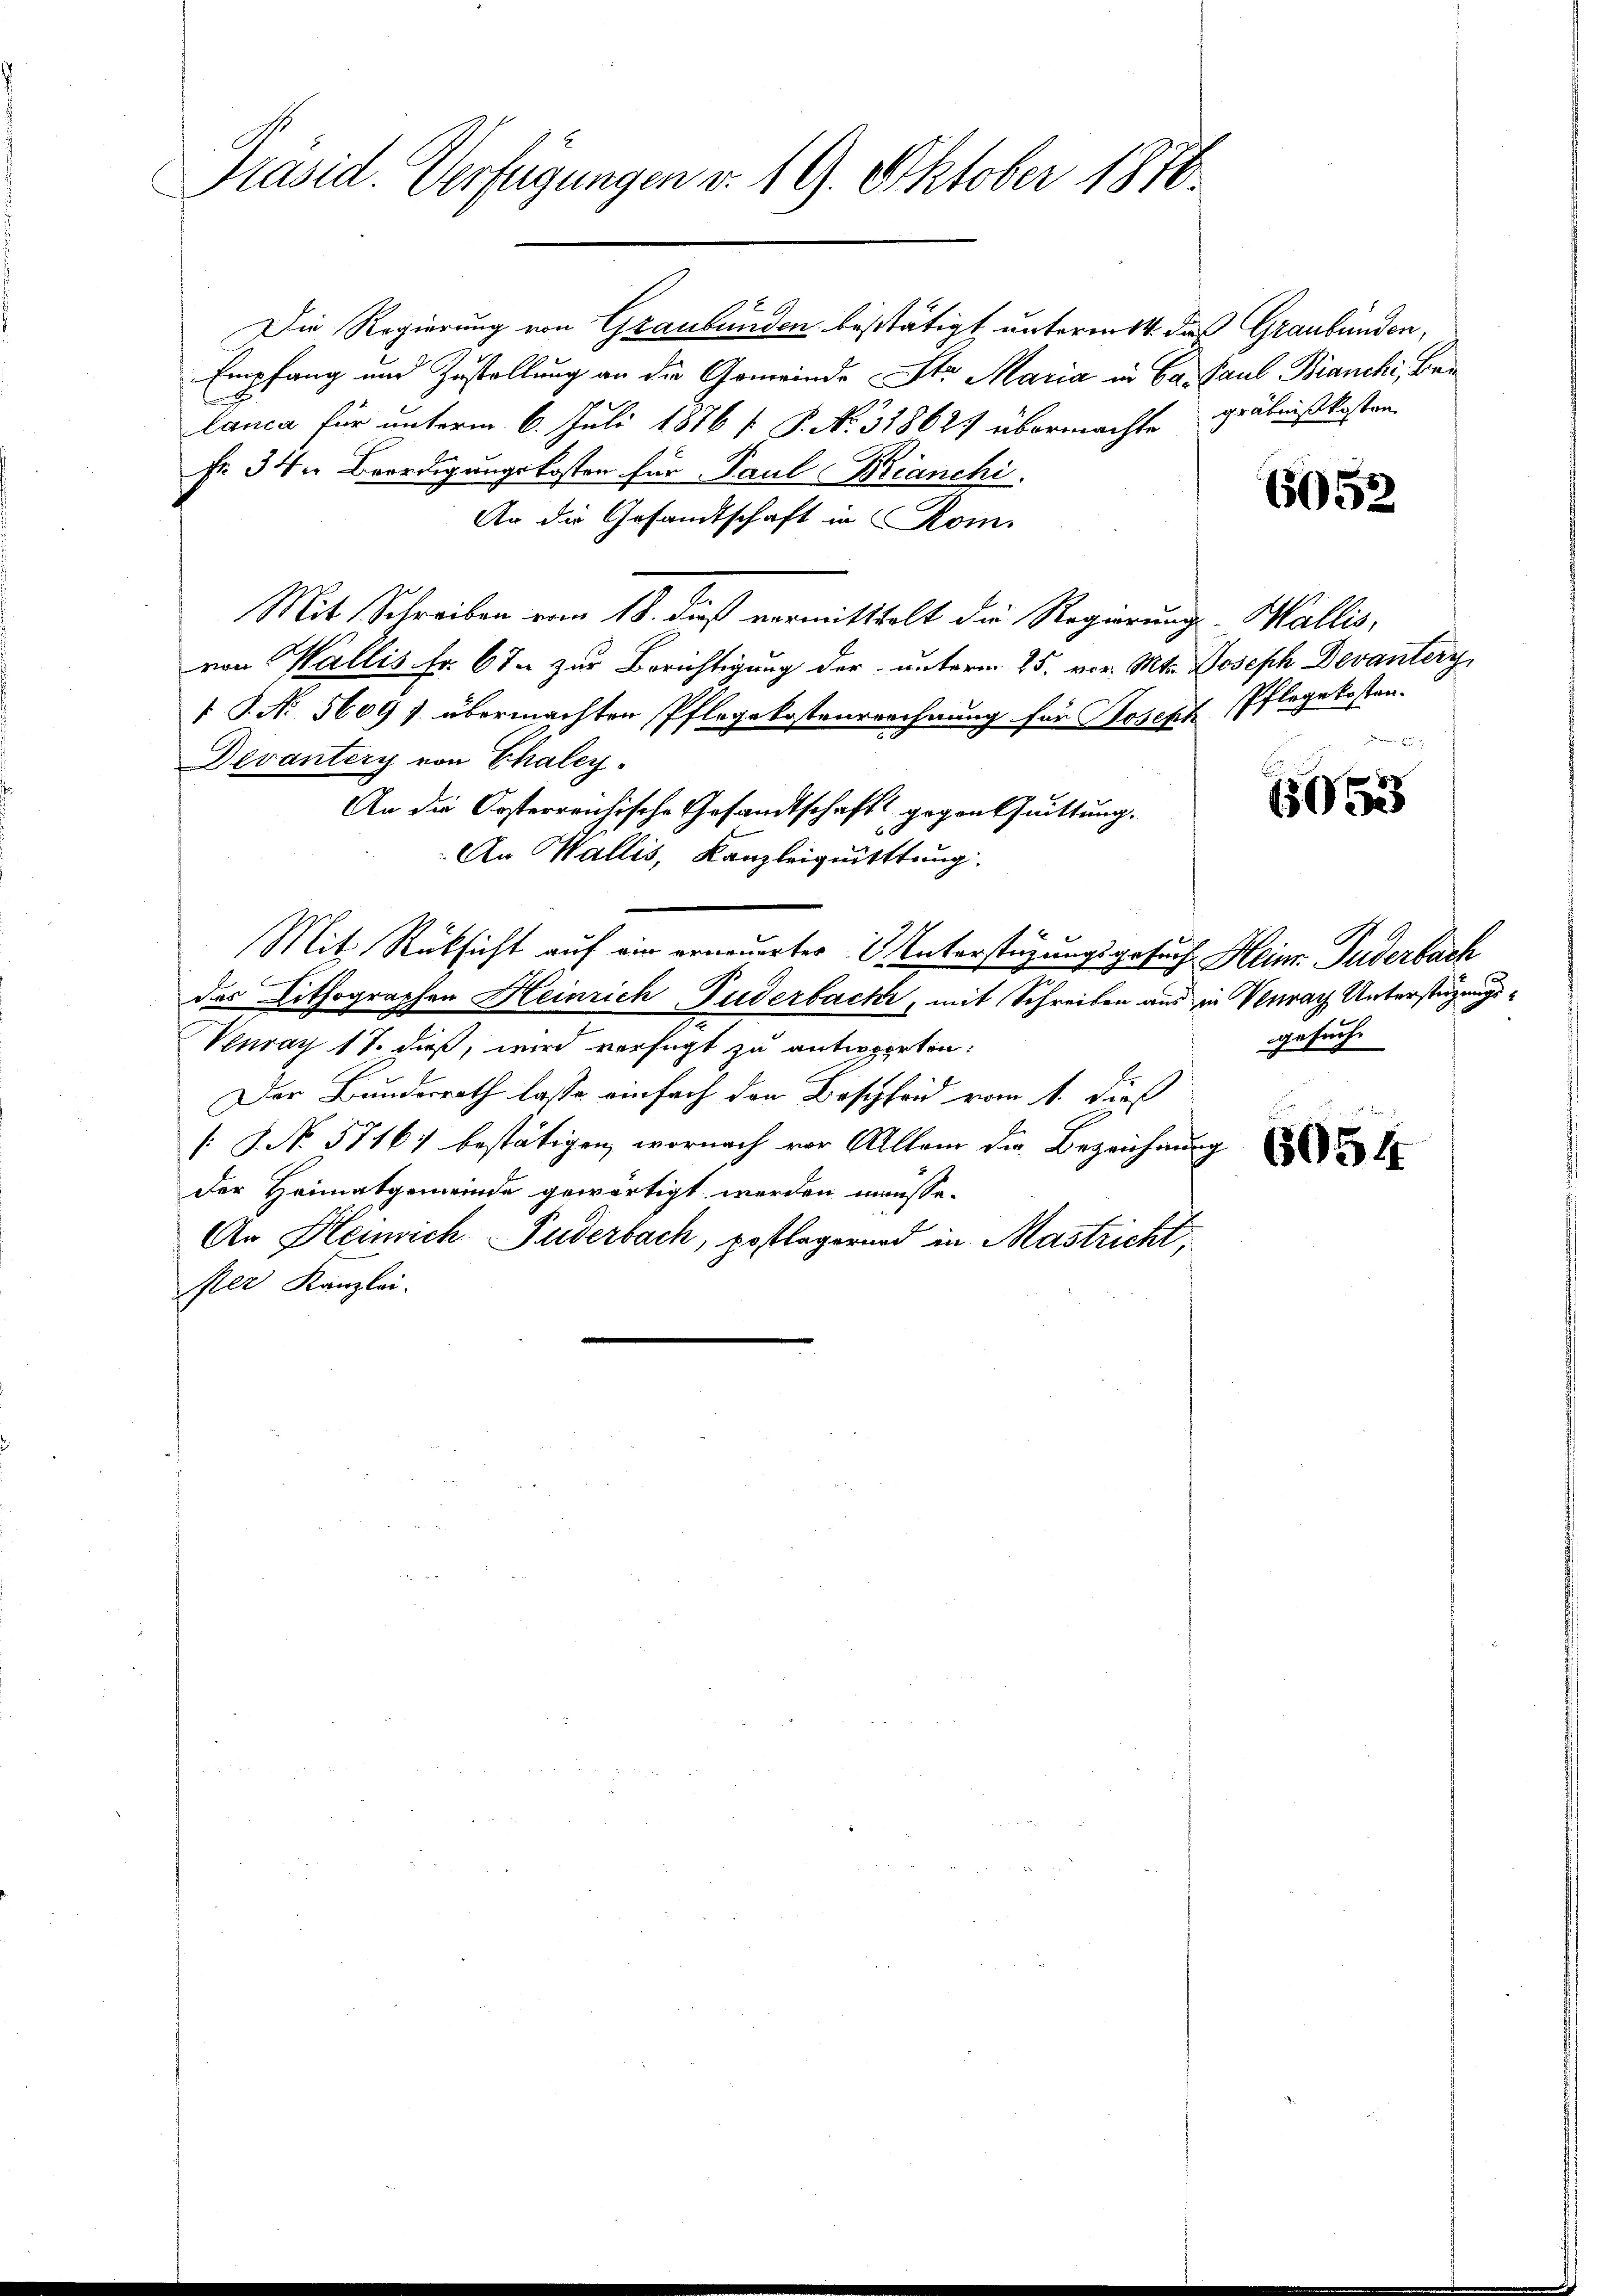
Präsid. Verfügungen v. 19. Oktober 1816.

Die Regierung von Graubünden bestätigt unterm 14. das Graubünden,
Empfang und Zustellung an die Gemeinde Str. Maria in Car Paul Bianchi, Belanca für unterm 6. Juli 1876 [ P. No. 31862 übermachte gräbnißkosten
Fr. 34. Beerdigungskosten für Paul Bianchi
An die Gesandtschaft in Rom.
Mit Schreiben vom 18. dieß vermitthalt die Regierungs- Wallis,
von Wallis Fr. 6 % zur Berichtigung der unterm 25. vor. Mts. Joseph Devanterg
 P. No 5609 f. übermachten Pflegekostenrechnung für Joseph Pflegekosten.
Devantery von Chaley
An die Osterreichische Gesandtschaft gegen Quittung.
An Wallis, Kanzleiquitttung.
Mit Rücksicht auf wir erneuerter Unterstüzungsgesuch Heinr. Fuderbach
der Lithographen Heinrich Puderbacke, mit Schreiben aus in Venrath Unterstüzungs¬
Venray 17. dieß, wird verfügt zu antworten.
Der Bunderrath lasse einfach den Bescheid vom 1. dieß
[S. No. 57167 bestätigen, wornach vor Allem die Bezeichnung
der Heimatgemeinde gewärtigt werden mausse.
An Heinrich. Fuderbach, postlegerend in Mastricht,
er Kanzlei.

6052

15053

gesuch.

6054